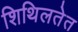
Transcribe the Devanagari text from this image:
शिथिलतेत